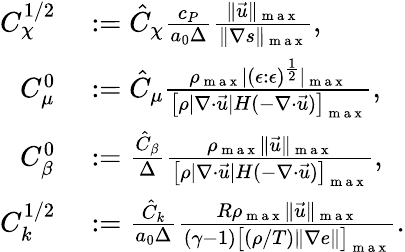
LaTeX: \begin{array}{rl}{{C}_{\chi}^{1/2}}&{{}:=\hat{C}_{\chi}\frac{c_{P}}{a_{0}\Delta}\frac{\| \vec{u}\| _{\mathrm{~m~a~x~}}}{\| \nabla s\| _{\mathrm{~m~a~x~}}},}\\ {{C}_{\mu}^{0}}&{{}:=\hat{C}_{\mu}\frac{\rho_{\mathrm{~m~a~x~}}|(\epsilon:\epsilon)^{\frac{1}{2}}|_{\mathrm{~m~a~x~}}}{\big[\rho|\nabla\cdot\vec{u}|H(-\nabla\cdot\vec{u})\big]_{\mathrm{~m~a~x~}}},}\\ {{C}_{\beta}^{0}}&{{}:=\frac{\hat{C}_{\beta}}{\Delta}\frac{\rho_{\mathrm{~m~a~x~}}\| \vec{u}\| _{\mathrm{~m~a~x~}}}{\big[\rho|\nabla\cdot\vec{u}|H(-\nabla\cdot\vec{u})\big]_{\mathrm{~m~a~x~}}},}\\ {{C}_{k}^{1/2}}&{{}:=\frac{\hat{C}_{k}}{a_{0}\Delta}\frac{R\rho_{\mathrm{~m~a~x~}}\| \vec{u}\| _{\mathrm{~m~a~x~}}}{(\gamma-1)\big[(\rho/T)\| \nabla e\| \big]_{\mathrm{~m~a~x~}}}.}\end{array}